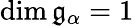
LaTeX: \dim{\mathfrak{g}}_{\alpha}=1